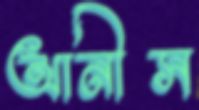
আনীস